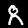
Label: 8